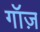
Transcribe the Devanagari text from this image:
गॉज़